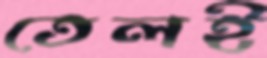
তেলই